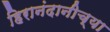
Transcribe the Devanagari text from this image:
हिरानंदानीच्या